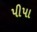
પીપા